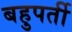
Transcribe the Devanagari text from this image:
बहुपर्ती